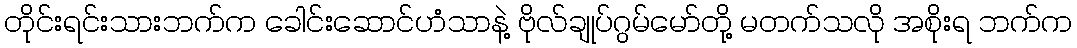
တိုင်းရင်းသားဘက်က ခေါင်းဆောင်ဟံသာနဲ့ ဗိုလ်ချုပ်ဂွမ်မော်တို့ မတက်သလို အစိုးရ ဘက်က